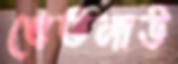
খেতলাউ